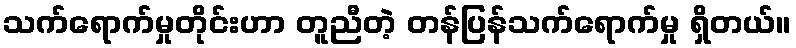
သက်ရောက်မှုတိုင်းဟာ တူညီတဲ့ တန်ပြန်သက်ရောက်မှု ရှိတယ်။